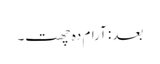
بعد: آرام دہ چھت۔